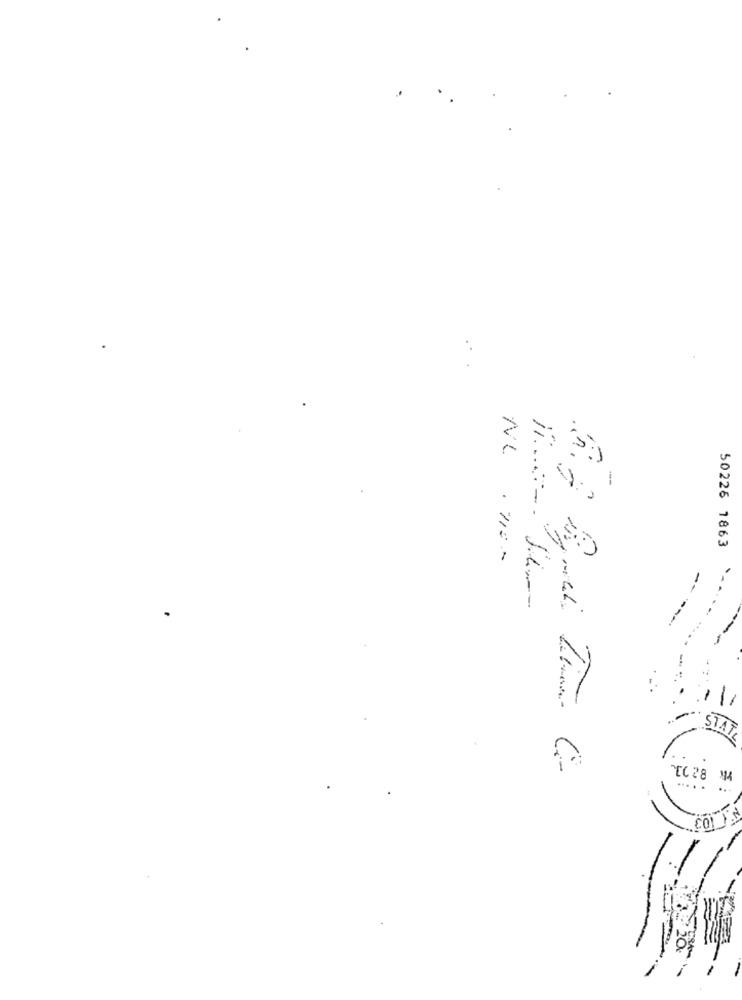
...
-
50226 1863
NC .1120
RAT
....
103